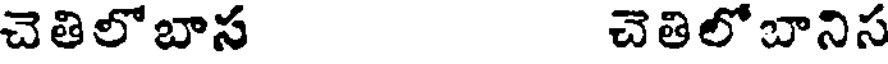
చెతిలోబాస చెతిలోబానిస